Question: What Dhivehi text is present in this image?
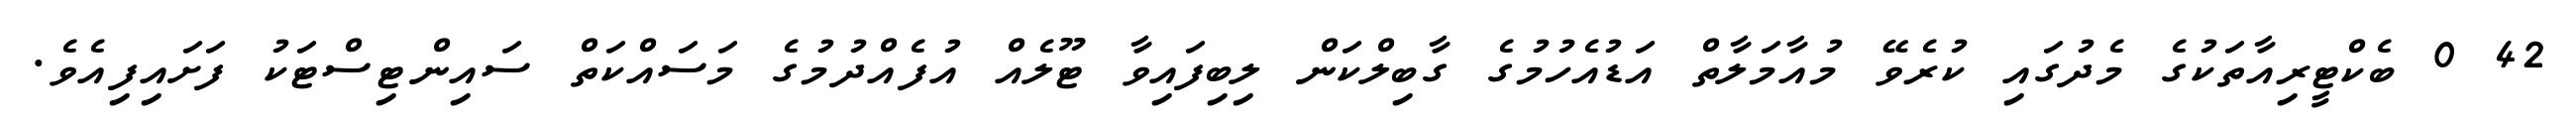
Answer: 42 0 ބެކްޓީރިއާތަކުގެ މެދުގައި ކުރެވޭ މުއާމަލާތް އަޑުއެހުމުގެ ގާބިލްކަން ލިބިފައިވާ ޓޫލެއް އުފެއްދުމުގެ މަސައްކަތް ސައިންޓިސްޓަކު ފަށައިފިއެވެ.